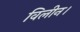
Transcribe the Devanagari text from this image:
विलीन।